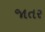
જાતર